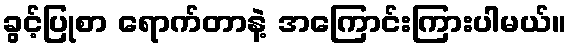
ခွင့်ပြုစာ ရောက်တာနဲ့ အကြောင်းကြားပါမယ်။